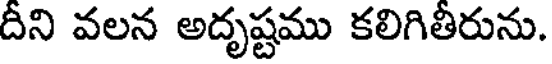
దీని వలన అదృష్టము కలిగితీరును.